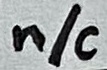
Text: n/c